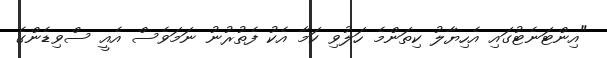
"އިންޓަނެޓުގައި އެހިޔާލު ކިތަންމެ ހަލުވި ކަމާ އެކު ފެތުރުނު ނަމަވެސް އެއީ ސްވިޑެންގެ